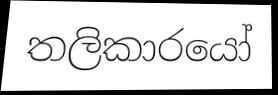
තලිකාරයෝ